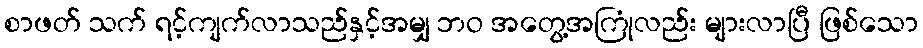
စာဖတ် သက် ရင့်ကျက်လာသည်နှင့်အမျှ ဘဝ အတွေ့အကြုံလည်း များလာပြီ ဖြစ်သော